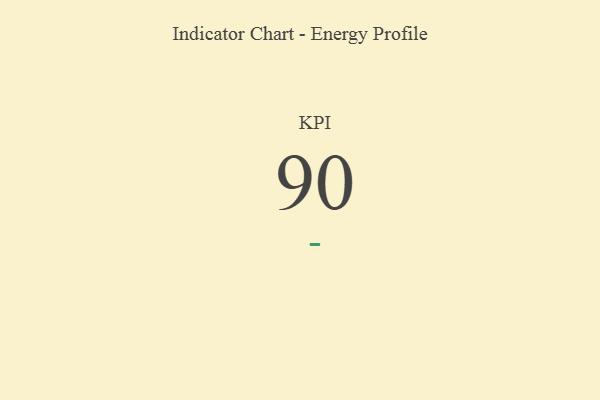
{"axis": {"x": "KPI", "y": "Value"}, "legend": [""], "data": [{"x": "KPI", "y": 90, "type": ""}]}